Civil Veterinary Dept. Assam report 1927-50 - 1927-1950
Year: 1927
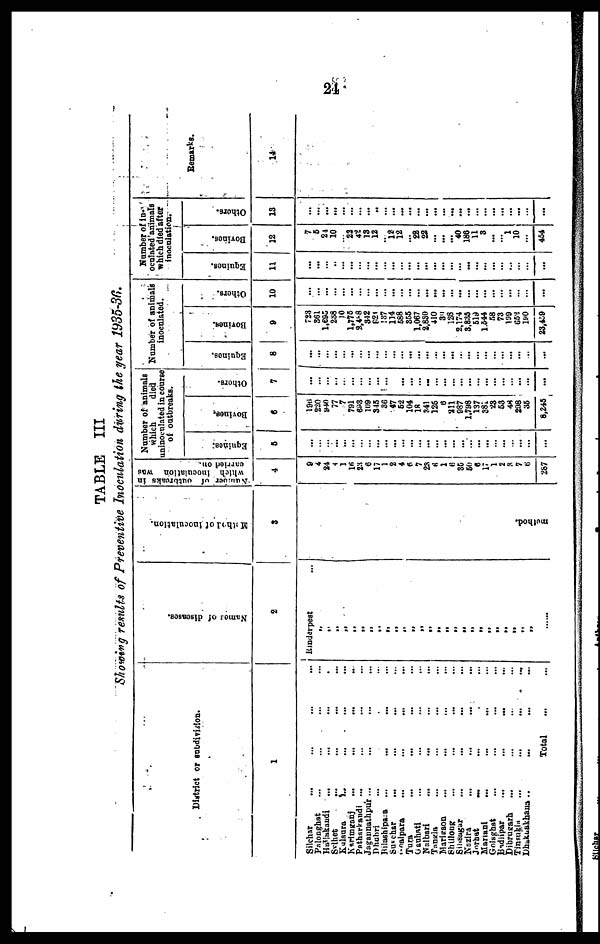
24
TABLE III
Showing remits of Preventive Inoculation during the year 1935-30.
District or subdivision.
1
Silchar ... ... ... ...
Palooghat ... ... ... ...
Huflakandi ... ... ... ...
Svlhet ... ... ... ...
Kulaura ... ... ... ...
Karimganj ... ... ... ...
Patharkandi ... ... ... ...
Jagannathpur ...
Dhabri ... ...
Bilushipara ... ... ... ...
Susehar
... ... ... ...
Goalpara ... ... ... ...
Tura ... ... ... ...
Gauhati ... ... ... ...
Nalbari ... ... ... ...
Tangia ... ... ... ...
Marigaon ... ... ... ...
Shillong ... ... ... ...
Sihsagar ... ... ... ...
Nazira
...
...
...
...
Jorhat ... ... ... ...
Mariani ... ... ... ...
Golaghat ... ... ... ...
Bndlipar ... ... ... ...
Dibrugarh
Tinsnkia
...
...
...
...
Dhakuakhana .. ... ... ...
Total
Names of diseases.
2
Rinderpest ...
„
„
„
„
„
„ „
„
„
„
„
„
„
„
„ „
„
„ „
„ „
„
„
„
„
„
Method of Inoculation.
3
method.
Number of outbreaks in
which inoculation was
carried on.
4
9
4
24
4
1
16
23
6
17
1
2
4
6
7
2a
6 1
6
35
60
6
17
1
2
3
7
6
287
Number of animals
which
died
uninoculated in course
of outbreaks.
Equines.
5
...
...
...
...
...
...
...
...
...
...
...
...
...
...
...
...
...
...
...
...
... ...
...
...
...
...
...
...
Bovines.
6
19ti
220
940
77
7
791
698
109
345
36
47
52
104
18
341
126
6
211 987
1,798
137
381
23
53
48
298
35
8,245
Others.
7
...
...
...
...
...
...
...
...
...
...
...
...
...
...
...
...
...
...
...
...
... ...
...
...
...
...
...
...
Number of animals
inoculated.
Equines.
8
...
...
...
...
...
...
...
...
...
...
...
...
...
...
...
...
...
...
...
...
... ...
...
...
...
...
...
...
Bovines.
9
723
861
1,695
238
10
1,775
2,488
842
924
137
114
588
855
1,067
2,830
410
39
128
2,174
3.835
519
1.544
58
73
199
652
190
23,459
Others.
10
...
...
...
...
...
...
...
...
...
...
...
...
...
...
...
...
...
...
...
...
... ...
...
...
...
...
...
...
Number of in-
oculated animals
which died after
inoculation.
Equines.
11
...
...
...
...
...
...
...
...
...
...
...
...
...
...
...
...
...
...
...
...
... ...
...
...
...
...
...
...
Bovines.
12
7
6
24
10
... 22
42
13
12
... 12
12
... 28
22
...
...
... 40
186
11
3
...
...
1
10
...
454
Others.
13
...
...
...
Ml
...
...
...
...
...
...
...
...
...
...
...
...
...
...
...
...
...
...
...
...
...
...
...
...
Remarks.
14